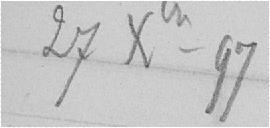
27 décembre-97